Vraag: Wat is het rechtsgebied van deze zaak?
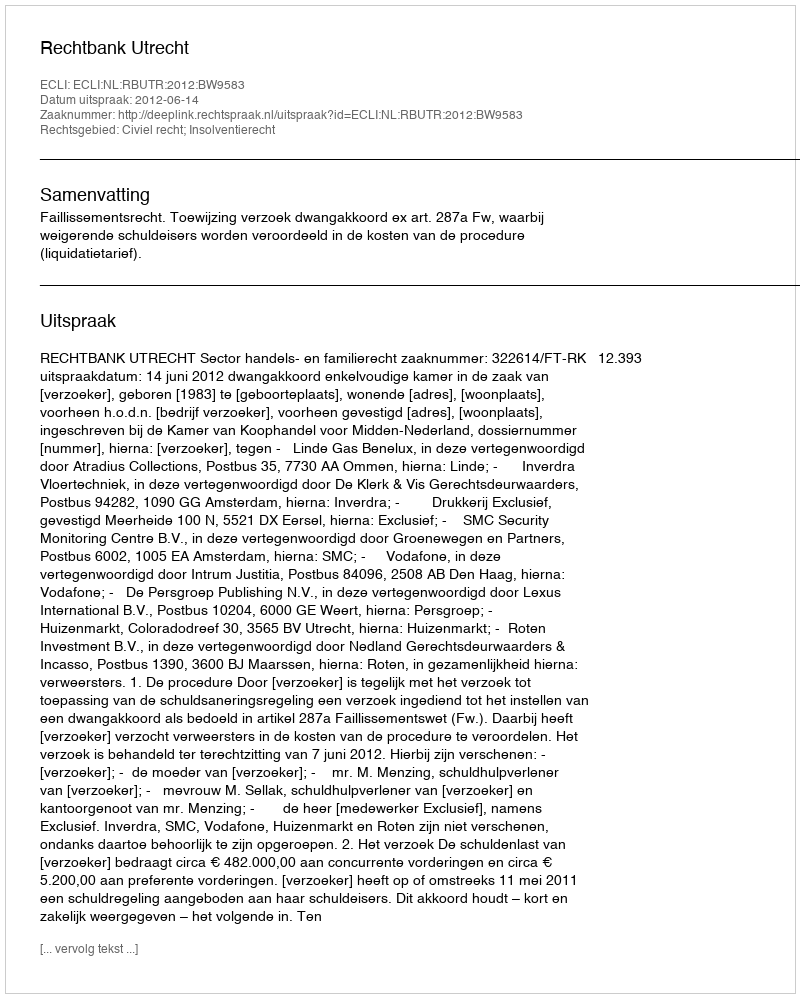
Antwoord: Civiel recht; Insolventierecht